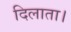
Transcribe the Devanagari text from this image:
दिलाता।